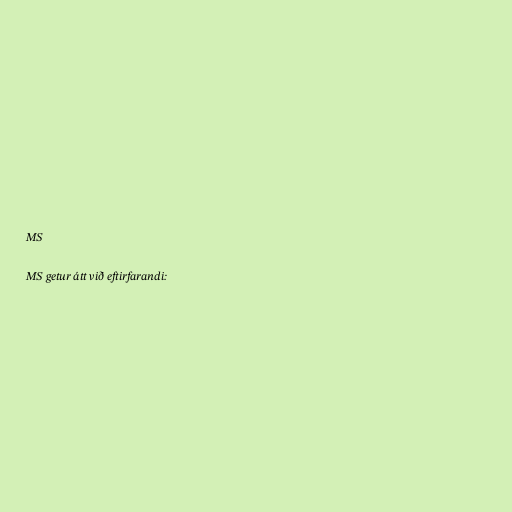
MS

MS getur átt við eftirfarandi: